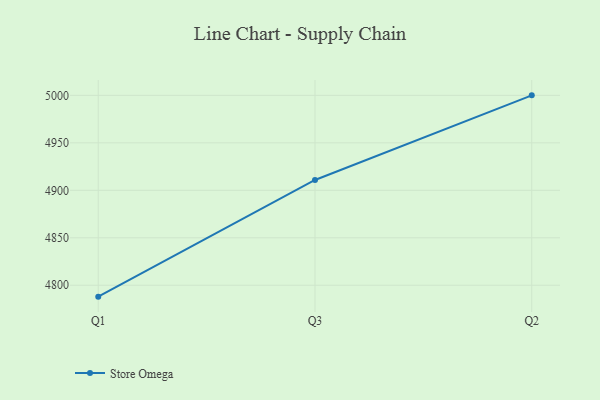
{"axis": {"x": "Quarter", "y": "LTV (USD)"}, "legend": ["Store Omega"], "data": [{"x": "Q1", "y": 4788.0, "type": "Store Omega"}, {"x": "Q3", "y": 4910.9, "type": "Store Omega"}, {"x": "Q2", "y": 5000, "type": "Store Omega"}]}